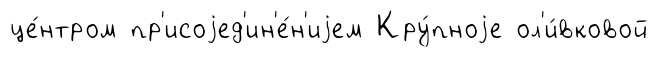
це́нтром пр'исоjед'ин'е́н'иjем Кру́пноjе ол'и́вковой